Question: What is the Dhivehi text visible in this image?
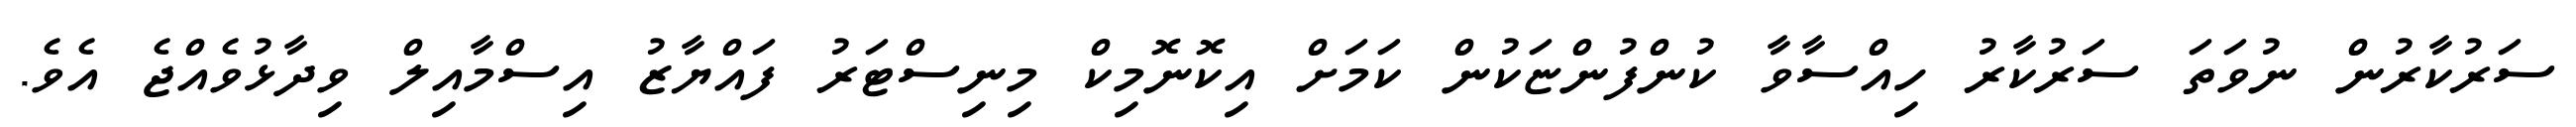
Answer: ސަރުކާރުން ނުވަތަ ސަރުކާރު ހިއްސާވާ ކުންފުންޏަކުން ކަމަށް އިކޮނޮމިކް މިނިސްޓަރު ފައްޔާޒު އިސްމާއިލް ވިދާޅުވެއްޖެ އެވެ.